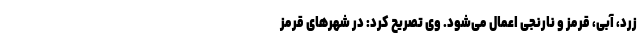
زرد، آبی، قرمز و نارنجی اعمال می‌شود. وی تصریح کرد: در شهرهای قرمز